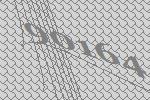
90164